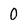
Character: O